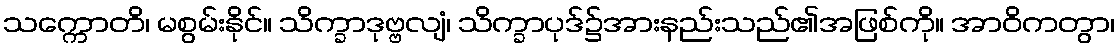
သက္ကောတိ၊ မစွမ်းနိုင်။ သိက္ခာဒုဗ္ဗလျံ၊ သိက္ခာပုဒ်၌အားနည်းသည်၏အဖြစ်ကို။ အာဝိကတွာ၊